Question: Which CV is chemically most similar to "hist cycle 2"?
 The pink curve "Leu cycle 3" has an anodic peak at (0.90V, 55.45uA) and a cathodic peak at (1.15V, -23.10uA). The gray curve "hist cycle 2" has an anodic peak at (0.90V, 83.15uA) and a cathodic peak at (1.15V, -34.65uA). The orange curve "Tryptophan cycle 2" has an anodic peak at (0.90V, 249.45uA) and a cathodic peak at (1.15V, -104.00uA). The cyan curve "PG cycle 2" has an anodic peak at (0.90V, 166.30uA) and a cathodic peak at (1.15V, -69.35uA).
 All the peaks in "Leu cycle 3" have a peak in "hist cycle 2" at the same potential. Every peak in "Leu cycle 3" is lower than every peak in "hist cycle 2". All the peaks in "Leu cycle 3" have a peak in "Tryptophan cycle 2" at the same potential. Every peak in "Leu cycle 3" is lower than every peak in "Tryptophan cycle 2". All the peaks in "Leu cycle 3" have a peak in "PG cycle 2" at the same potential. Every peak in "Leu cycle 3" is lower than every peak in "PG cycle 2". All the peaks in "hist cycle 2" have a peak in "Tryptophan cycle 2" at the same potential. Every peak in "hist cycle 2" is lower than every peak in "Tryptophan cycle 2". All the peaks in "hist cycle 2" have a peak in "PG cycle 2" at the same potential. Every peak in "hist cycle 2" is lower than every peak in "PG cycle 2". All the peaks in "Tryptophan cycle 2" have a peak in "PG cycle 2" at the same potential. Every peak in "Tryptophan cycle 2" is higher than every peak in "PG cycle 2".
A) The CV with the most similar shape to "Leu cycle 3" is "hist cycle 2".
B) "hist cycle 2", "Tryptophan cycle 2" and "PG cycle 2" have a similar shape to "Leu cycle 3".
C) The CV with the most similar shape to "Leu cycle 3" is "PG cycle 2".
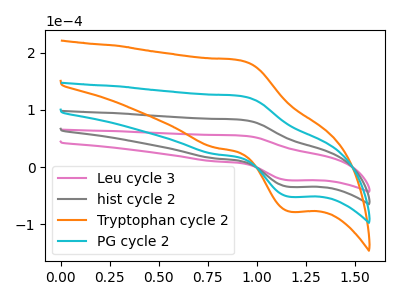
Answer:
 <answer>B) "hist cycle 2", "Tryptophan cycle 2" and "PG cycle 2" have a similar shape to "Leu cycle 3".</answer>
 <eval>B</eval>